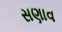
સણાવ